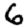
Digit: 6